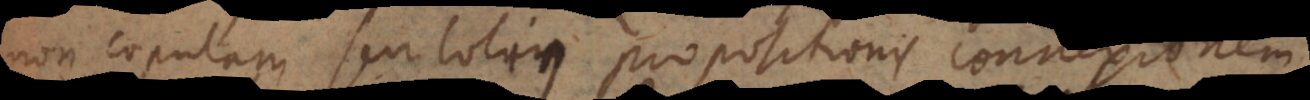
non copulam seu totius propositionis connexionem